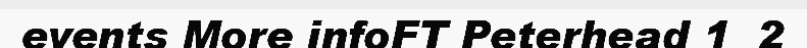
events More infoFT Peterhead 1  2